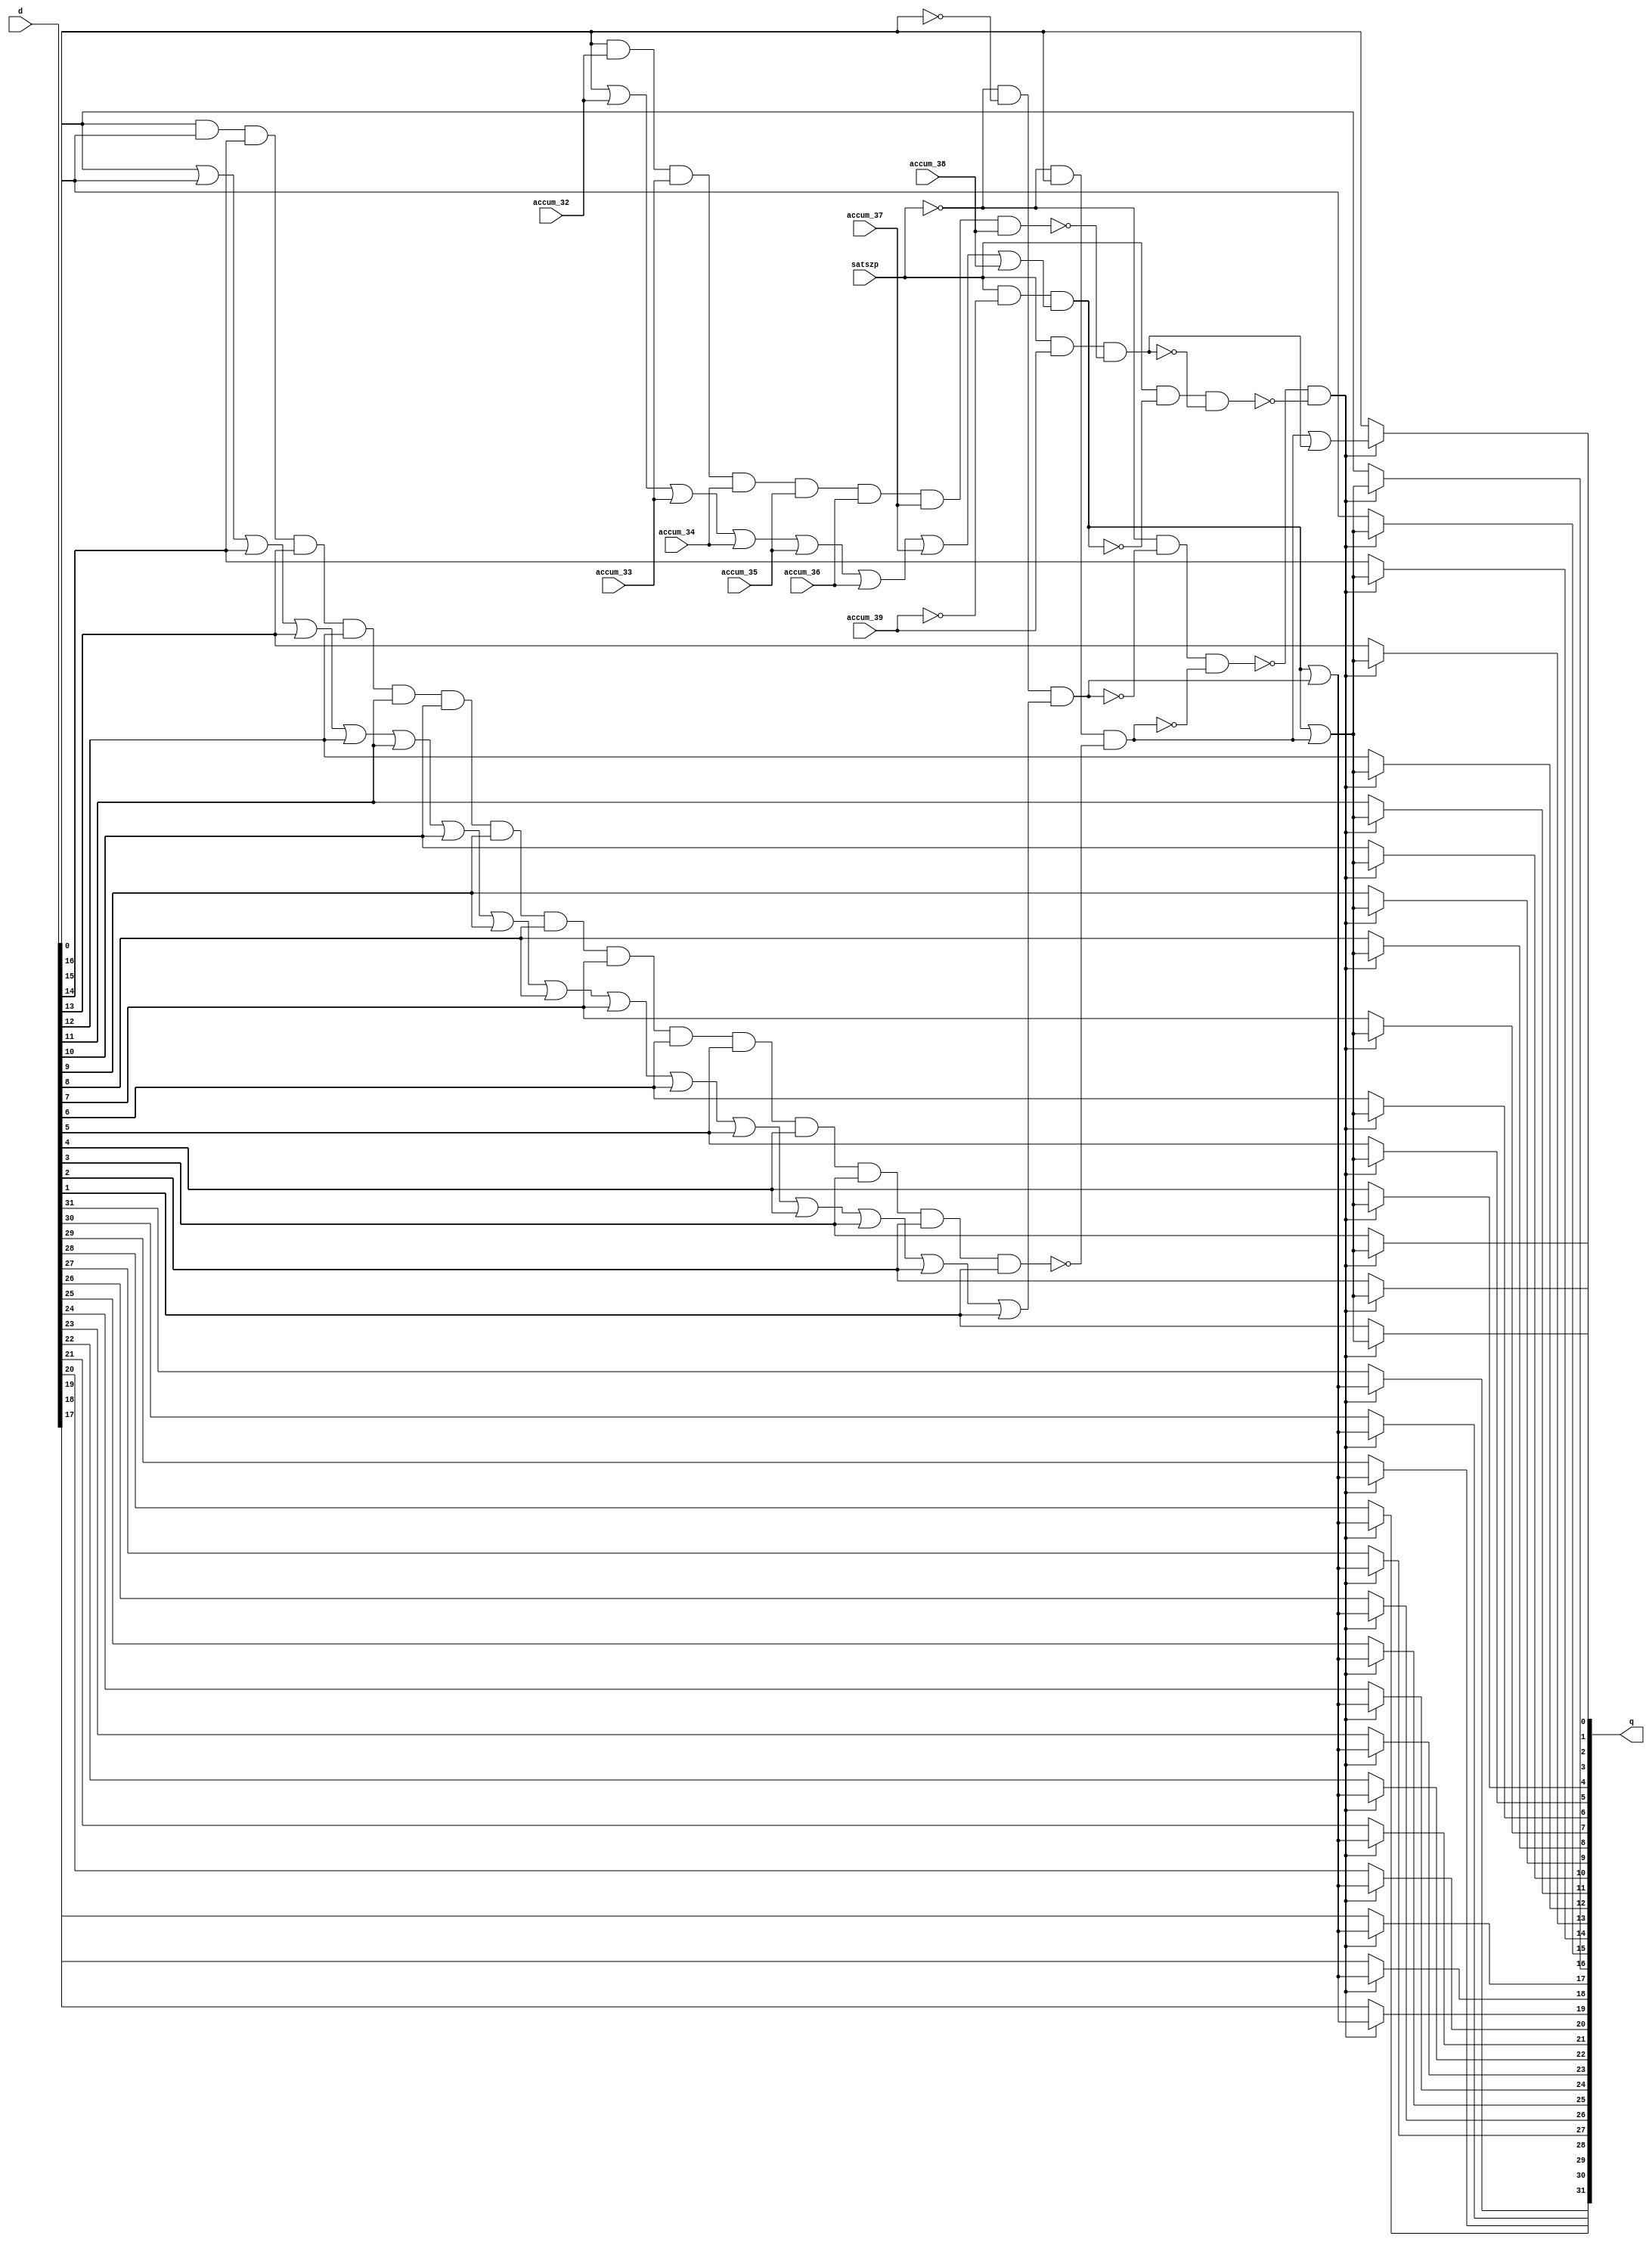
module j_saturate
(
	output [0:31] q,
	input [0:31] d,
	input satszp,
	input accum_32,
	input accum_33,
	input accum_34,
	input accum_35,
	input accum_36,
	input accum_37,
	input accum_38,
	input accum_39
);
wire accum_n_39;
wire d_n_31;
wire sat16;
wire pos16t;
wire pos16;
wire neg16t;
wire neg16;
wire sat32;
wire pos32t;
wire pos32;
wire neg32t;
wire neg32;
wire pos16_n;
wire pos32_n;
wire neg16_n;
wire neg32_n;
wire uncht_0;
wire uncht_1;
wire unch;
wire bit0to14;
wire bit15to30;
wire bit31;
wire sato_0;
wire sato_1;
wire sato_2;
wire sato_3;
wire sato_4;
wire sato_5;
wire sato_6;
wire sato_7;
wire sato_8;
wire sato_9;
wire sato_10;
wire sato_11;
wire sato_12;
wire sato_13;
wire sato_14;
wire sato_15;
wire sato_16;
wire sato_17;
wire sato_18;
wire sato_19;
wire sato_20;
wire sato_21;
wire sato_22;
wire sato_23;
wire sato_24;
wire sato_25;
wire sato_26;
wire sato_27;
wire sato_28;
wire sato_29;
wire sato_30;
wire sato_31;

// DSP_A-5Q.NET (627) - accum\[39] : iv
assign accum_n_39 = ~accum_39;

// DSP_A-5Q.NET (628) - d\[31] : iv
assign d_n_31 = ~d[31];

// DSP_A-5Q.NET (634) - sat16 : iv
assign sat16 = ~satszp;

// DSP_A-5Q.NET (642) - pos16t : or16
assign pos16t = d[15] | d[16] | d[17] | d[18] | d[19] | d[20] | d[21] | d[22] | d[23] | d[24] | d[25] | d[26] | d[27] | d[28] | d[29] | d[30];

// DSP_A-5Q.NET (643) - pos16 : an3
assign pos16 = sat16 & d_n_31 & pos16t;

// DSP_A-5Q.NET (644) - neg16t : nd16
assign neg16t = ~(d[15] & d[16] & d[17] & d[18] & d[19] & d[20] & d[21] & d[22] & d[23] & d[24] & d[25] & d[26] & d[27] & d[28] & d[29] & d[30]);

// DSP_A-5Q.NET (645) - neg16 : an3
assign neg16 = sat16 & d[31] & neg16t;

// DSP_A-5Q.NET (651) - sat32 : join
assign sat32 = satszp;

// DSP_A-5Q.NET (659) - pos32t : or8
assign pos32t = d[31] | accum_32 | accum_33 | accum_34 | accum_35 | accum_36 | accum_37 | accum_38;

// DSP_A-5Q.NET (660) - pos32 : an3
assign pos32 = sat32 & accum_n_39 & pos32t;

// DSP_A-5Q.NET (661) - neg32t : nd8
assign neg32t = ~(d[31] & accum_32 & accum_33 & accum_34 & accum_35 & accum_36 & accum_37 & accum_38);

// DSP_A-5Q.NET (662) - neg32 : an3
assign neg32 = sat32 & accum_39 & neg32t;

// DSP_A-5Q.NET (668) - pos16\ : iv
assign pos16_n = ~pos16;

// DSP_A-5Q.NET (669) - pos32\ : iv
assign pos32_n = ~pos32;

// DSP_A-5Q.NET (670) - neg16\ : iv
assign neg16_n = ~neg16;

// DSP_A-5Q.NET (671) - neg32\ : iv
assign neg32_n = ~neg32;

// DSP_A-5Q.NET (672) - uncht0 : nd3
assign uncht_0 = ~(sat16 & pos16_n & neg16_n);

// DSP_A-5Q.NET (673) - uncht1 : nd3
assign uncht_1 = ~(sat32 & pos32_n & neg32_n);

// DSP_A-5Q.NET (674) - unch : nd2u
assign unch = ~(uncht_0 & uncht_1);

// DSP_A-5Q.NET (683) - bit0to14 : or2p
assign bit0to14 = pos32 | pos16;

// DSP_A-5Q.NET (684) - bit15to30 : or2_h
assign bit15to30 = pos32 | neg16;

// DSP_A-5Q.NET (685) - bit31 : or2
assign bit31 = neg16 | neg32;

// DSP_A-5Q.NET (687) - sato[0-14] : mx2
assign sato_0 = (unch) ? d[0] : bit0to14;
assign sato_1 = (unch) ? d[1] : bit0to14;
assign sato_2 = (unch) ? d[2] : bit0to14;
assign sato_3 = (unch) ? d[3] : bit0to14;
assign sato_4 = (unch) ? d[4] : bit0to14;
assign sato_5 = (unch) ? d[5] : bit0to14;
assign sato_6 = (unch) ? d[6] : bit0to14;
assign sato_7 = (unch) ? d[7] : bit0to14;
assign sato_8 = (unch) ? d[8] : bit0to14;
assign sato_9 = (unch) ? d[9] : bit0to14;
assign sato_10 = (unch) ? d[10] : bit0to14;
assign sato_11 = (unch) ? d[11] : bit0to14;
assign sato_12 = (unch) ? d[12] : bit0to14;
assign sato_13 = (unch) ? d[13] : bit0to14;
assign sato_14 = (unch) ? d[14] : bit0to14;

// DSP_A-5Q.NET (688) - sato[15-30] : mx2
assign sato_15 = (unch) ? d[15] : bit15to30;
assign sato_16 = (unch) ? d[16] : bit15to30;
assign sato_17 = (unch) ? d[17] : bit15to30;
assign sato_18 = (unch) ? d[18] : bit15to30;
assign sato_19 = (unch) ? d[19] : bit15to30;
assign sato_20 = (unch) ? d[20] : bit15to30;
assign sato_21 = (unch) ? d[21] : bit15to30;
assign sato_22 = (unch) ? d[22] : bit15to30;
assign sato_23 = (unch) ? d[23] : bit15to30;
assign sato_24 = (unch) ? d[24] : bit15to30;
assign sato_25 = (unch) ? d[25] : bit15to30;
assign sato_26 = (unch) ? d[26] : bit15to30;
assign sato_27 = (unch) ? d[27] : bit15to30;
assign sato_28 = (unch) ? d[28] : bit15to30;
assign sato_29 = (unch) ? d[29] : bit15to30;
assign sato_30 = (unch) ? d[30] : bit15to30;

// DSP_A-5Q.NET (689) - sato[31] : mx2
assign sato_31 = (unch) ? d[31] : bit31;

// DSP_A-5Q.NET (690) - q : join
assign q[0] = sato_0;
assign q[1] = sato_1;
assign q[2] = sato_2;
assign q[3] = sato_3;
assign q[4] = sato_4;
assign q[5] = sato_5;
assign q[6] = sato_6;
assign q[7] = sato_7;
assign q[8] = sato_8;
assign q[9] = sato_9;
assign q[10] = sato_10;
assign q[11] = sato_11;
assign q[12] = sato_12;
assign q[13] = sato_13;
assign q[14] = sato_14;
assign q[15] = sato_15;
assign q[16] = sato_16;
assign q[17] = sato_17;
assign q[18] = sato_18;
assign q[19] = sato_19;
assign q[20] = sato_20;
assign q[21] = sato_21;
assign q[22] = sato_22;
assign q[23] = sato_23;
assign q[24] = sato_24;
assign q[25] = sato_25;
assign q[26] = sato_26;
assign q[27] = sato_27;
assign q[28] = sato_28;
assign q[29] = sato_29;
assign q[30] = sato_30;
assign q[31] = sato_31;
endmodule